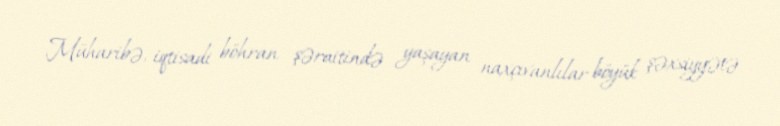
Müharibə, iqtisadi böhran şəraitində yaşayan naxçıvanlılar böyük şəxsiyyətə